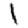
Digit: 1